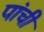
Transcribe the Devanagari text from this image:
पांची